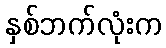
နှစ်ဘက်လုံးက